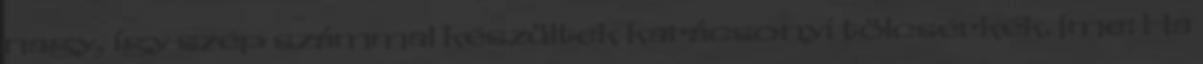
nagy, így szép számmal készültek karácsonyi tölcsérkék. Íme: Ha